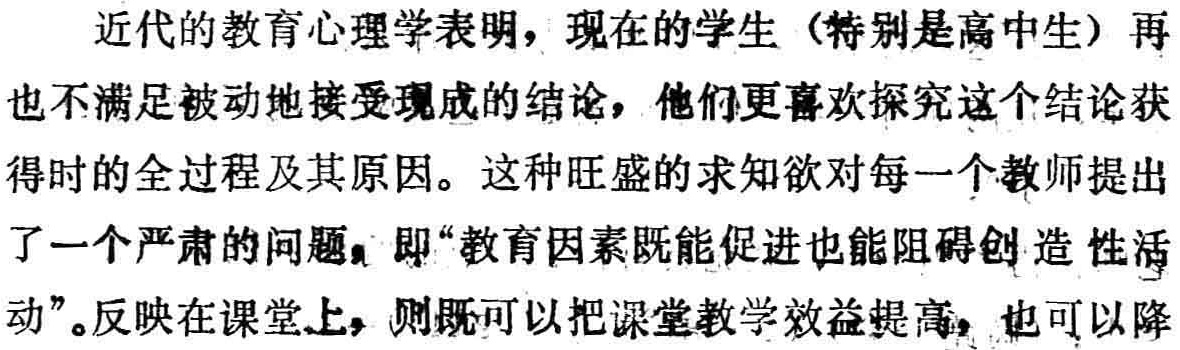
近代的教育心理学表明，现在的学生（特别是高中生）再也不满足被动地接受现成的结论，他们更喜欢探究这个结论获得时的全过程及其原因。这种旺盛的求知欲对每一个教师提出了一个严肃的问题，即“教育因素既能促进也能阻碍创造性活动”。反映在课堂上，则既可以把课堂教学效益提高，也可以降